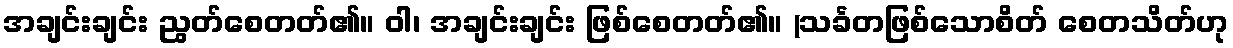
အချင်းချင်း ညွတ်စေတတ်၏။ ဝါ၊ အချင်းချင်း ဖြစ်စေတတ်၏။ (သင်္ခတဖြစ်သောစိတ် စေတသိတ်ဟု